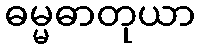
ဓမ္မဓာတုယာ